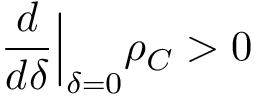
\frac { d } { d \delta } \Big \vert _ { \delta = 0 } \rho _ { C } > 0